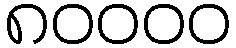
၈၀၀၀၀